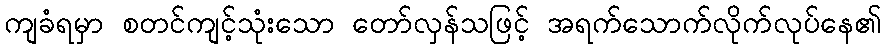
ကျခံရမှာ စတင်ကျင့်သုံးသော တော်လှန်သဖြင့် အရက်သောက်လိုက်လုပ်နေ၏